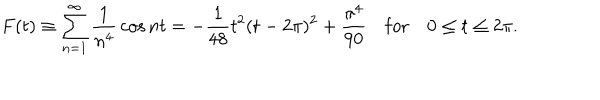
LaTeX: F ( t ) \equiv \sum _ { n = 1 } ^ { \infty } { \frac { 1 } { n ^ { 4 } } } \cos n t = - { \frac { 1 } { 4 8 } } t ^ { 2 } ( t - 2 \pi ) ^ { 2 } + { \frac { \pi ^ { 4 } } { 9 0 } } \quad \mathrm { f o r } \quad 0 \le t \le 2 \pi .